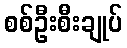
စစ်ဦးစီးချုပ်